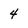
Character: 4